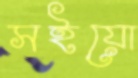
সইয়ো